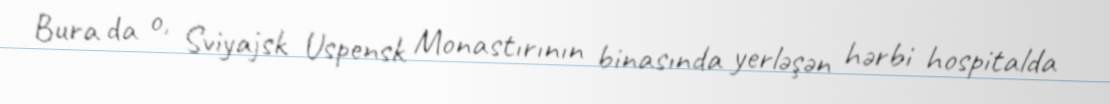
Bura da o, Sviyajsk Uspensk Monastırının binasında yerləşən hərbi hospitalda